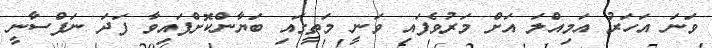
ވަނަ އަހަރު އަމިއްލަ އަށް މަރުވެފައި ވަނީ މަތީގައި ބަޔާންކޮށްފައިވާ ފަދަ ނަފްސާނީ